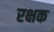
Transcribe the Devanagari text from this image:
रक्षक